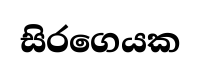
සිරගෙයක